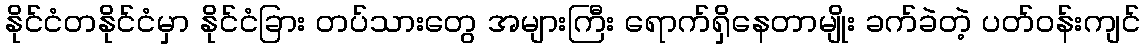
နိုင်ငံတနိုင်ငံမှာ နိုင်ငံခြား တပ်သားတွေ အများကြီး ရောက်ရှိနေတာမျိုး ခက်ခဲတဲ့ ပတ်ဝန်းကျင်